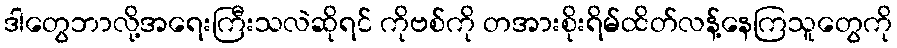
ဒါတွေဘာလို့အရေးကြီးသလဲဆိုရင် ကိုဗစ်ကို တအားစိုးရိမ်ထိတ်လန့်နေကြသူတွေကို